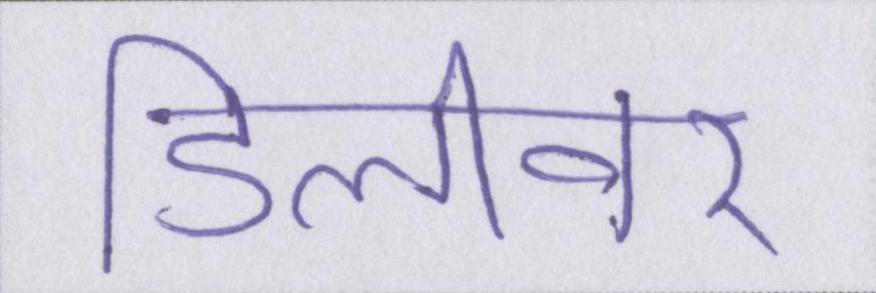
डिलीवर